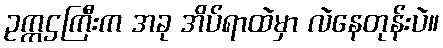
ဥက္ကဌကြီးက အခု အိပ်ရာထဲမှာ လဲနေတုန်းပဲ။